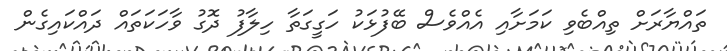
ތައްޔާރަށް ތިއްބެވި ކަމަށާއި އެއްވެސް ބޭފުޅަކު ހަގީގަތާ ހިލާފު ދޮގު ވާހަކަތައް ދައްކައިގެން